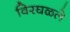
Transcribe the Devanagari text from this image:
विरघळले